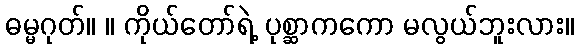
ဓမ္မဂုတ်။ ။ ကိုယ်တော်ရဲ့ ပုစ္ဆာကကော မလွယ်ဘူးလား။